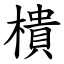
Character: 樻